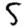
Digit: 5